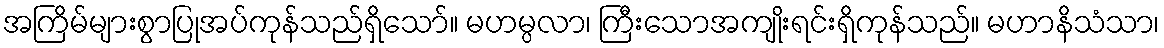
အကြိမ်များစွာပြုအပ်ကုန်သည်ရှိသော်။ မဟမ္ပလာ၊ ကြီးသောအကျိုးရင်းရှိကုန်သည်။ မဟာနိသံသာ၊